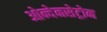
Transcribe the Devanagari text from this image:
ओन्देनसेट्रोन